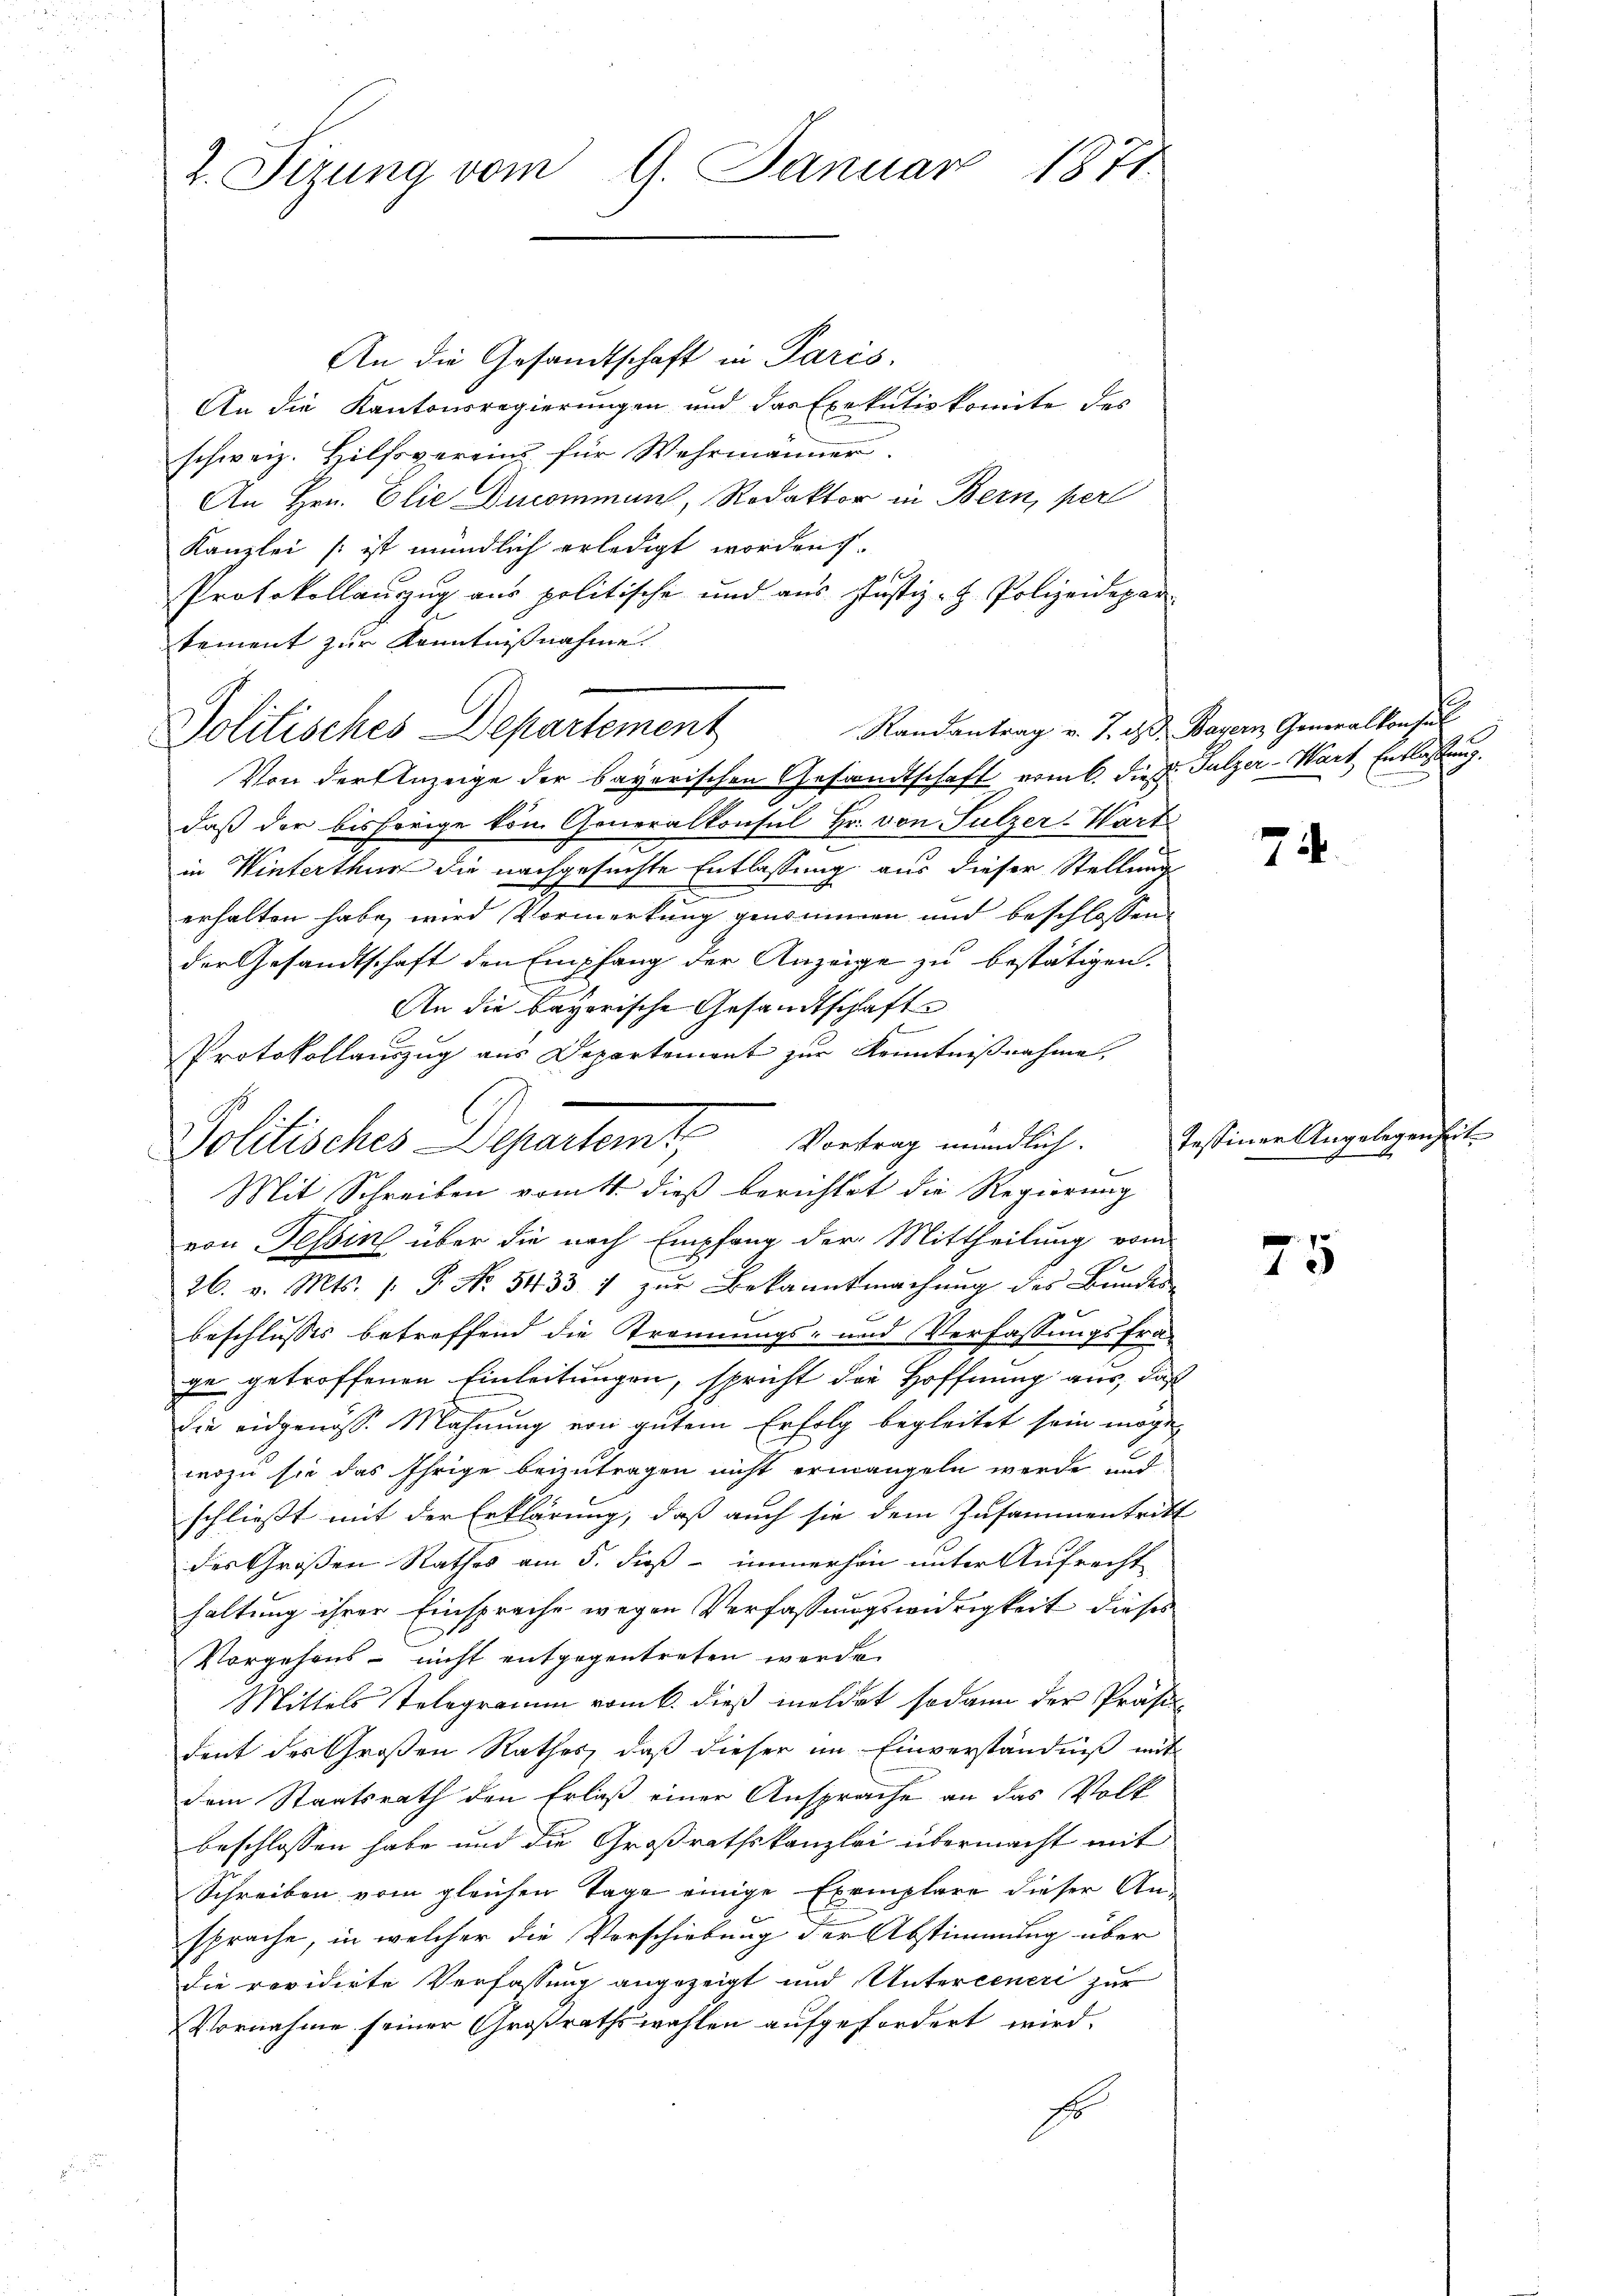
1871.
2. Sirung vom 9. Januar

An die Gesandtschaft in Paris.
An die Kantonsregierungen und das Exekutivkomite des
schweiz. Hilfsverein für Wehrmänner.
An Hrn. Elie Ducommand, Rodaktor in Bern, per
Kanzlei ist mündlich erledigt worden.
Protokollauszug aus politische und aus Justiz- H. Polizeidepar
sement zur Kenntnißnahme.
Randantrag v. 7. d. d. Bayern Generalkonsul
Politisches Departement
Von der Anzeige der bayerischen Gesandtschaft vom 6. die Sulzer-Wart Entlassung.
daß der bisherige von Generalkonsul Hr. von Sulzer-Wart
in Winterthur die nachgesuchte Entlassung aus dieser Stellung
erhalten habe, wird Vormerkung genommen und beschlossen
der Gesandtschaft den Empfang der Anzeige zu bestätigen.
An die bayerische Gesandtschafte
Mit Schreiben vom 11. dieß berichtet die Regierung
von Tessin über die nach Empfang der Mittheilung vom
26. v. Mts. 1. P. No. 54331 zur Bekanntmachung des Bundes
t
beschlusses betreffend die Trennungs- und Verfassungsfra-
ge getroffenen Einleitungen, spricht die Hoffnung aus, daß
die eidgenöss. Mahnung von gutem Erfolg begleitet sein möge
wozu sie das Ihrige beizutragen nicht ermangeln werde und
schließt mit der Erklärung, das auch sie dem Zusammentritt
des Großen Rathes am 5. dieß immerhin unter Aufrecht
haltung ihrer Einsprache wegen Verfassungswidrigkeit dieses
Vorgehens- nicht entgegentreten werde.
Mittels Telegramm vom k. dieß meldet sodann der Präsi-
dent des Großen Rathes, daß dieser im Einverständniß mit
dem Staatsrath den Erlaß einer Ansprache an das Volk
beschlossen habe und die Großrathskanzlei übermacht mit
Schreiben vom gleichen Tage einige Exemplare dieser An-
sprache, in welcher die Verschiebung der Abstimmung über
die revidirte Verfassung angezeigt und Untercener zur
Vornahme seiner Großrathswahlen aufgefordert wird.
Es

Protokollauszug aus Departement zur Kenntnißnahme,
Politisches Departemt, Vortrag mündlich.

74.

Tessiner Angelegenheit

75